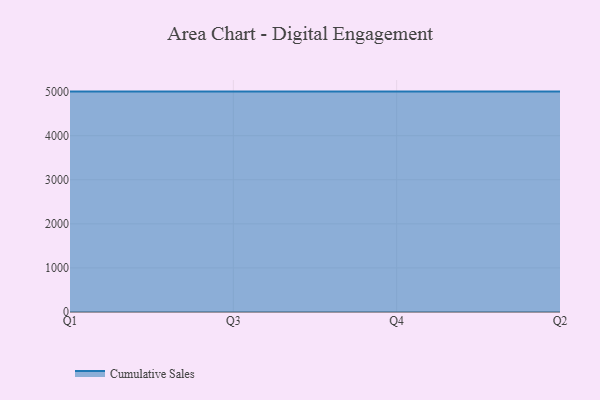
{"axis": {"x": "Quarter", "y": "Page Views"}, "legend": ["Cumulative Sales"], "data": [{"x": "Q1", "y": 5000, "type": "Cumulative Sales"}, {"x": "Q3", "y": 5000, "type": "Cumulative Sales"}, {"x": "Q4", "y": 5000, "type": "Cumulative Sales"}, {"x": "Q2", "y": 5000, "type": "Cumulative Sales"}]}